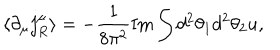
\langle \partial _ { \mu } j _ { R } ^ { \mu } \rangle = - \frac { 1 } { 8 \pi ^ { 2 } } \mathrm { I m } \int d ^ { 2 } \theta _ { 1 } d ^ { 2 } \theta _ { 2 } u ,